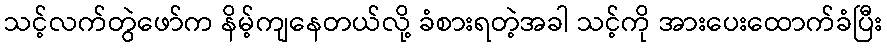
သင့်လက်တွဲဖော်က နိမ့်ကျနေတယ်လို့ ခံစားရတဲ့အခါ သင့်ကို အားပေးထောက်ခံပြီး